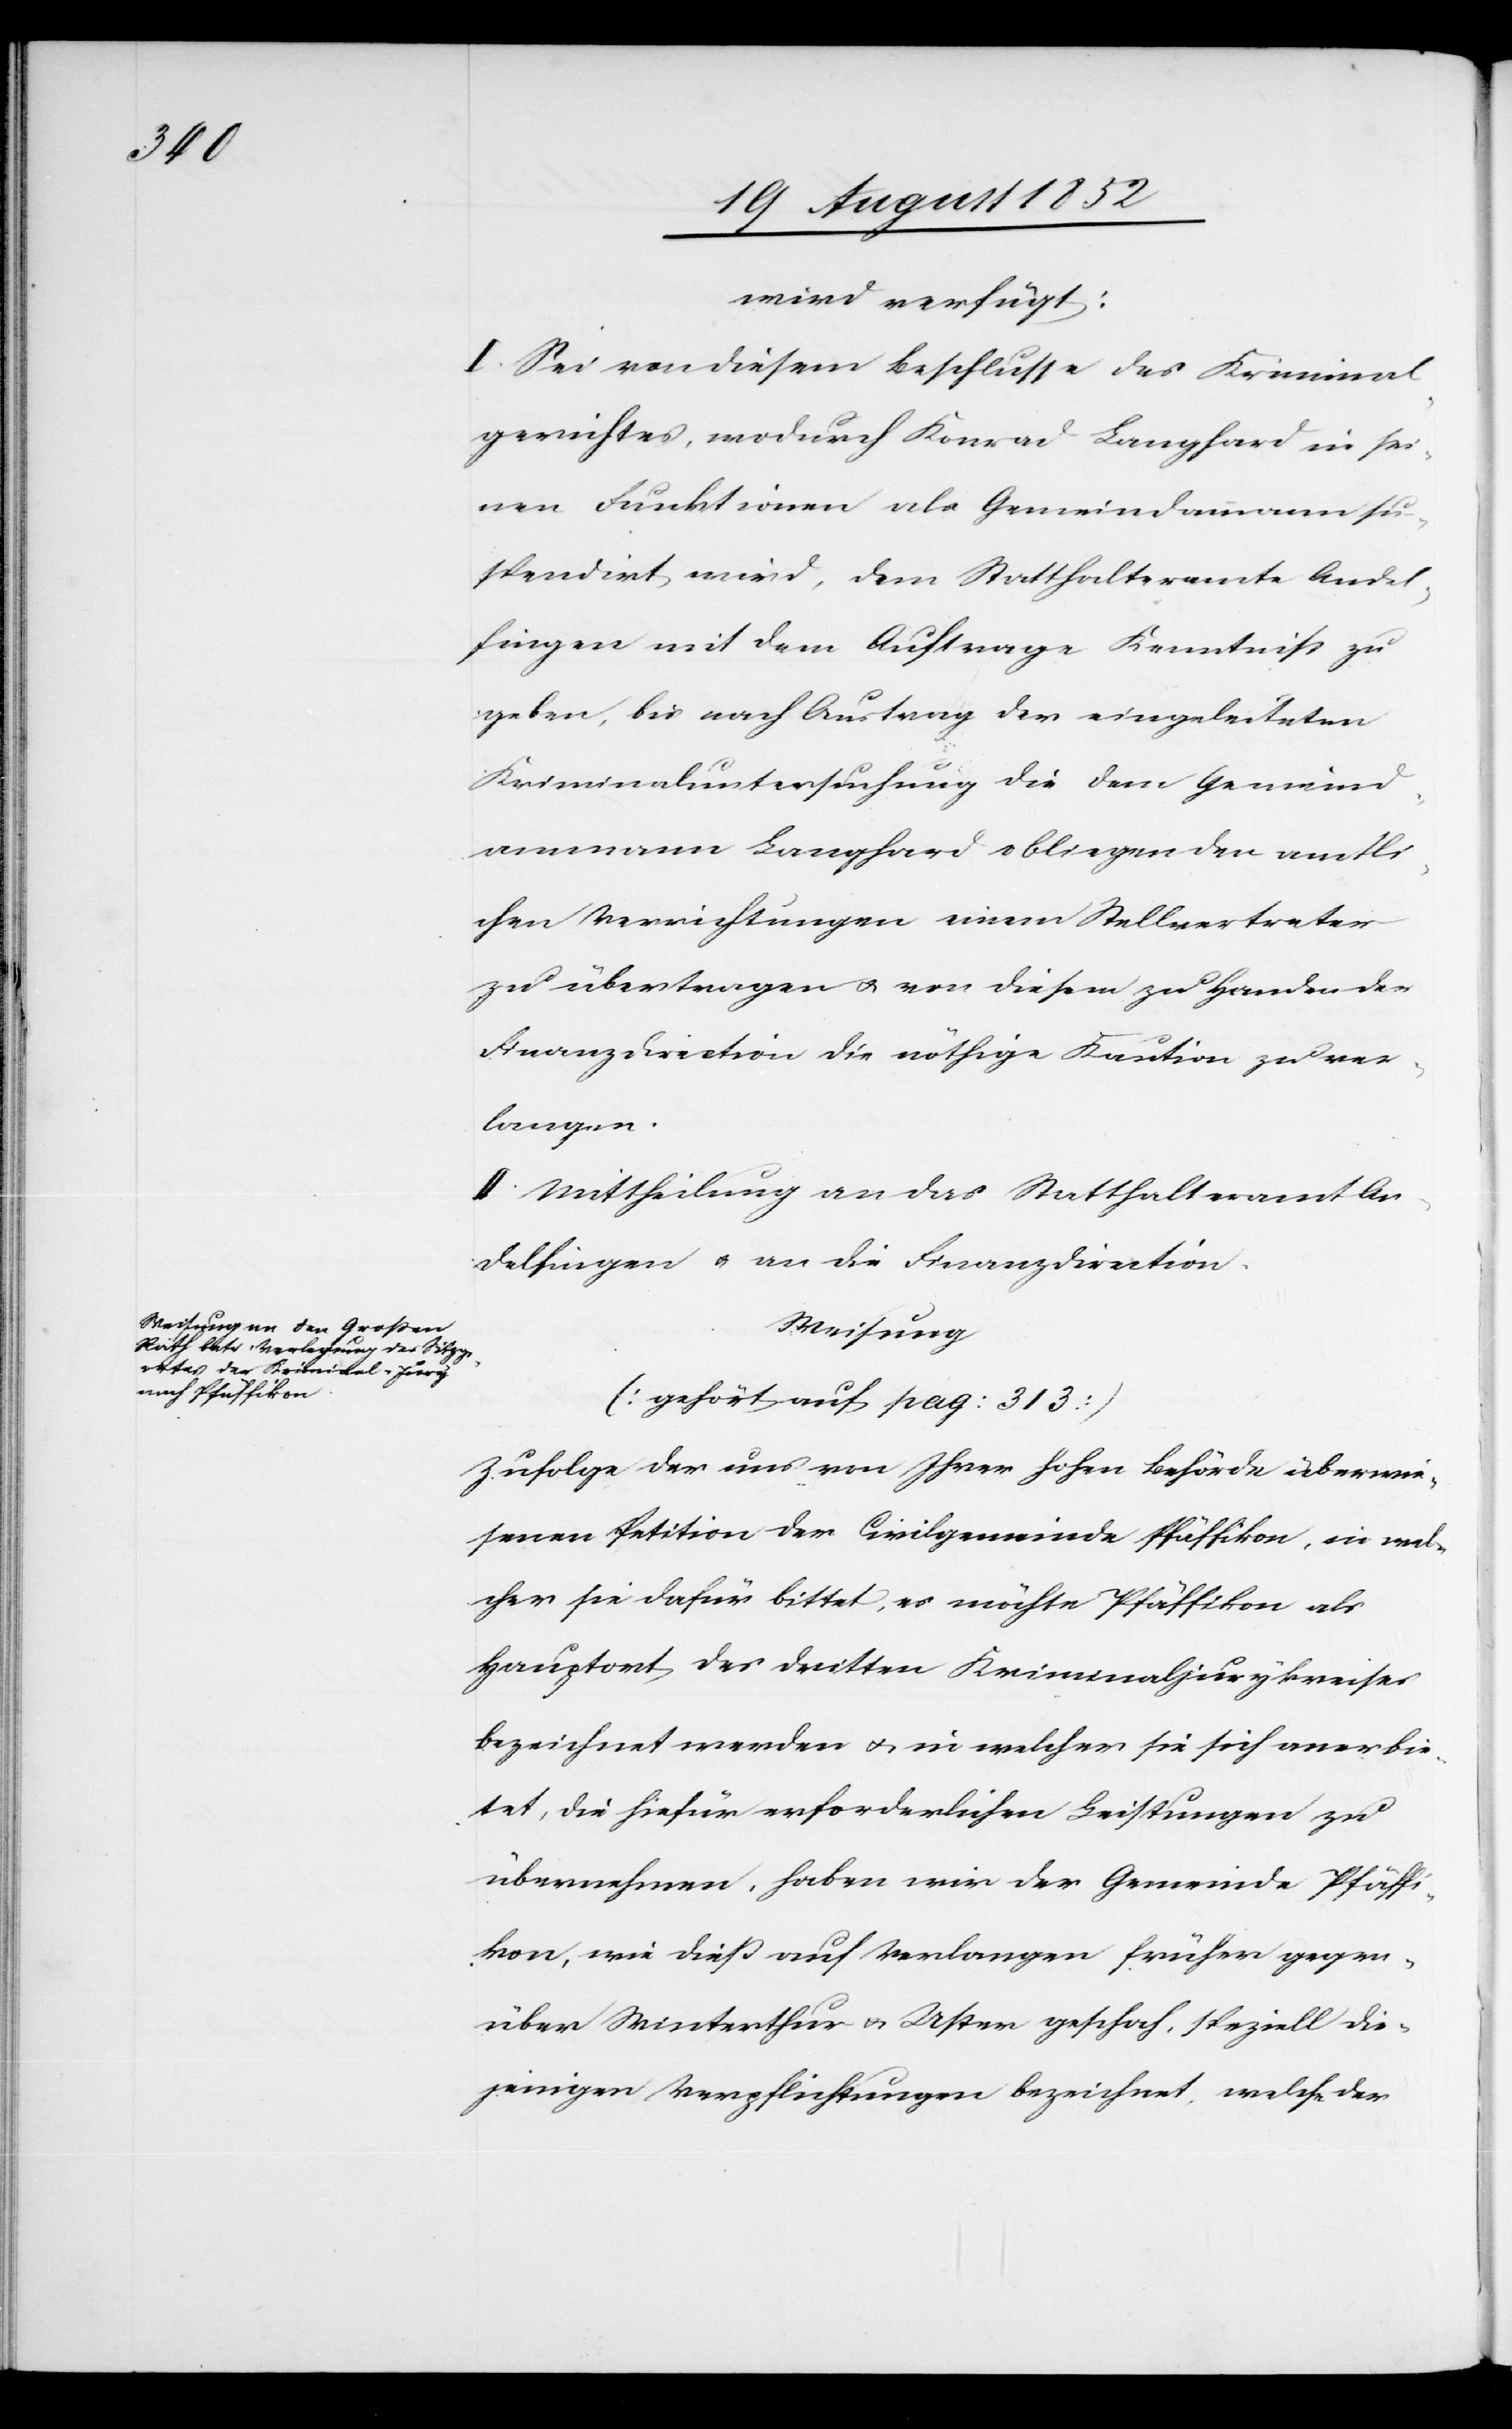
wird verfügt:
I. Sei von diesem Beschlusse des Kriminal¬
gerichtes, wodurch Konrad Langhard in sei¬
nen Funktionen als Gemeindammann su¬
spendirt wird, dem Statthalteramte Andel¬
fingen mit dem Auftrage Kenntniss zu
geben, bis nach Austrag der eingeleiteten
Kriminaluntersuchung die dem Gemeind¬
ammann Langhard obliegenden amtli¬
chen Verrichtungen einem Stellvertreter
zu übertragen & von diesem zu Handen der
Finanzdirection die nöthige Kaution zu ver¬
langen.
II. Mittheilung an das Statthalteramt An¬
delfingen & an die Finanzdirection.
Weisung
[gehört auf pag: 313.
Zufolge der uns von Ihrer hohen Behörde überwie¬
senen Petition der Civilgemeinde Pfäffikon, in wel¬
cher sie dafür bittet, es möchte Pfäffikon als
Hauptort des dritten Kriminaljurykreises
bezeichnet werden & in welcher sie sich anerbie¬
tet, die hiefür erforderlichen Leistungen zu
übernehmen, haben wir der Gemeinde Pfäffi¬
kon, wie dieß auf Verlangen früher gegen¬
über Winterthur & Uster geschah, speziell die¬
jenigen Verpflichtungen bezeichnet, welche der